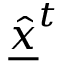
\underline { { \hat { x } } } ^ { t }